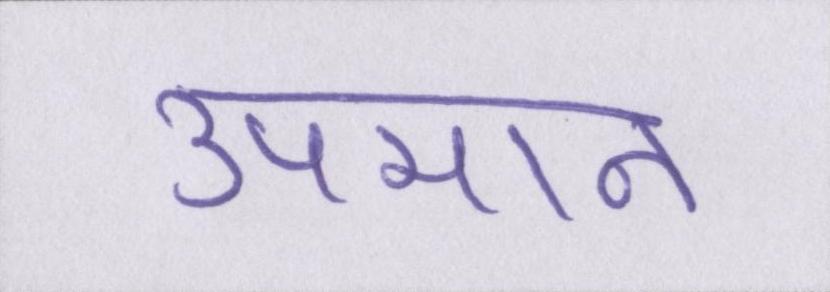
उपमान